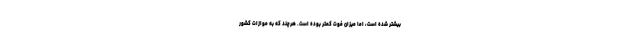
بیشتر شده است، اما میزان فوت کمتر بوده است. هرچند که به موازات کشور